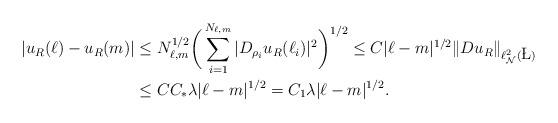
LaTeX: \begin{align*}|u_{R}(\ell) - u_{R}(m)| &\leq N_{\ell,m}^{1/2} \bigg( \sum_{i = 1}^{N_{\ell,m}} |D_{\rho_{i}} u_{R}(\ell_{i})|^{2} \bigg)^{1/2} \leq C|\ell - m|^{1/2} \| Du_{R} \|_{\ell^{2}_{\mathcal{N}}(\L)} \\ &\leq C C_{*} \lambda |\ell - m|^{1/2} = C_{1} \lambda |\ell - m|^{1/2}. \end{align*}